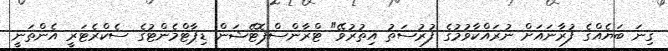
ގިނަ ބަޔެއްގެ ފުރާނައަށް ނުރައްކާވުމުގެ ފުރުސަތު އިތުރުވޭ" ޓްރާންސްޕޮޓޭޝަން ޑިޕާޓްމެންޓުގެ ސެކްރެޓަރީ އެންތަނީ